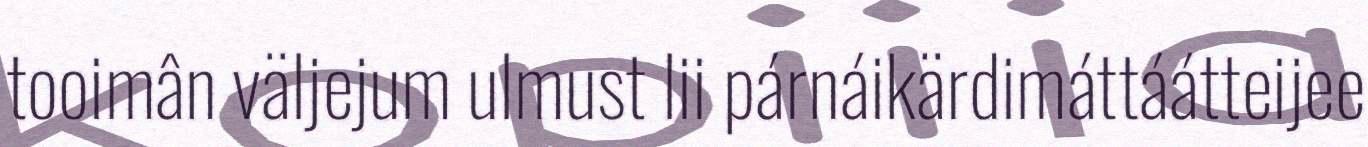
tooimân väljejum ulmust lii párnáikärdimáttáátteijee